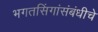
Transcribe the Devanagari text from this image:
भगतसिंगांसंबंधीचे